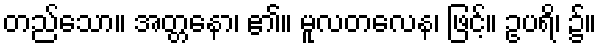
တည်သော။ အတ္တနော၊ ၏။ မူလတလေန၊ ဖြင့်။ ဥပရိ၊ ၌။